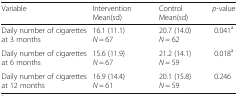
<table><thead><tr><td><b>Variable</b></td><td><b>Intervention Mean(sd)</b></td><td><b>Control Mean(sd)</b></td><td><b><i>p</i>-value</b></td></tr></thead><tbody><tr><td>Daily number of cigarettes at 3 months</td><td>16.1 (11.1)<i>N</i> = 67</td><td>20.7 (14.0)<i>N</i> = 62</td><td>0.041<sup>a</sup></td></tr><tr><td>Daily number of cigarettes at 6 months</td><td>15.6 (11.9)<i>N</i> = 67</td><td>21.2 (14.1)<i>N</i> = 59</td><td>0.018<sup>a</sup></td></tr><tr><td>Daily number of cigarettes at 12 months</td><td>16.9 (14.4)<i>N</i> = 61</td><td>20.1 (15.8)<i>N</i> = 59</td><td>0.246</td></tr></tbody></table>